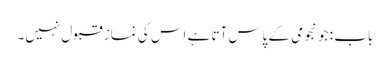
باب : جو نجومی کے پاس آتا ہے اس کی نماز قبول نہیں۔